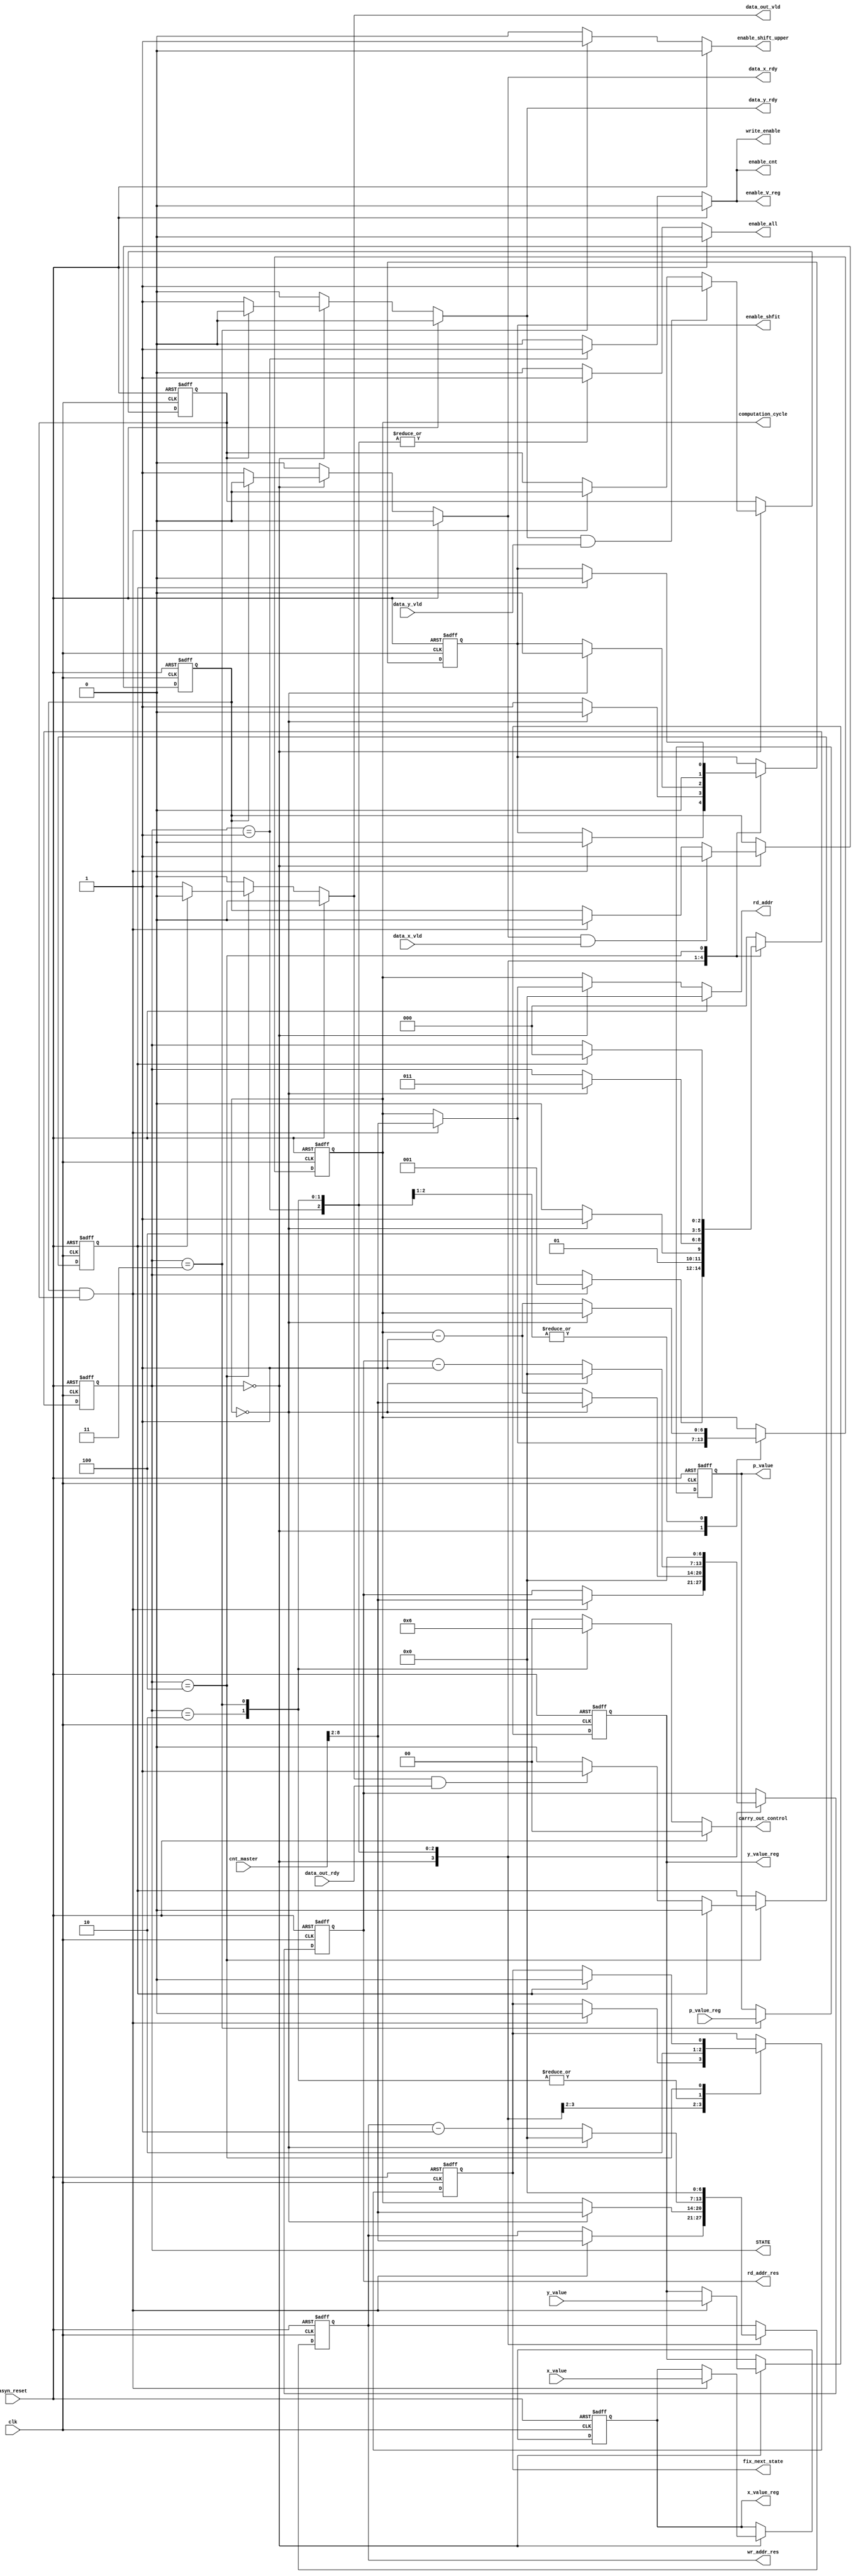
module computation_control_hd(
x_value,
y_value,
p_value,
cnt_master,
clk,
computation_cycle,
rd_addr,
rd_addr_res,
wr_addr_res,
write_enable,
STATE,
enable_all,
enable_cnt,
carry_out_control,
enable_V_reg,
enable_shift_upper,
enable_shfit,
fix_next_state,
asyn_reset,
data_x_vld,
data_x_rdy,
data_y_vld,
data_y_rdy,
data_out_vld,
data_out_rdy,
x_value_reg,
y_value_reg,
p_value_reg
);

parameter RAM_ADDR_WIDTH=7;
// this block computes the cycles which are at computation at the moment
// also provides enable for Multiplier to know when to fetch from outside input data and also controls writing to the CA_RAM

//testing
// finished

input[RAM_ADDR_WIDTH+2-1:0] cnt_master;
input clk;
input asyn_reset;
input [1:0] x_value, y_value; 
input [1:0] p_value_reg;
output[RAM_ADDR_WIDTH - 1:0] computation_cycle;// this would always be the address
output write_enable;
output[2:0] STATE;
output enable_all;
output enable_cnt;
output[1:0] carry_out_control; // if 0, stop; if 1, loop adder; if 2, send cout to Vreg
output enable_shfit;
output [1:0] x_value_reg, y_value_reg;
output enable_V_reg;
output enable_shift_upper;
output fix_next_state;
//handshake protocool
input data_x_vld,data_y_vld;
input data_out_rdy;
output data_x_rdy,data_y_rdy;
output data_out_vld;
output [1:0] p_value;
output [RAM_ADDR_WIDTH -1 :0] rd_addr;
output [RAM_ADDR_WIDTH -1 :0] rd_addr_res,wr_addr_res;

wire[RAM_ADDR_WIDTH -1 :0] cycle_num;
//wire[1:0] remainder;
reg[6:0] computation_cycle;
reg hd_x,hd_y,hd_z;
reg [2:0] STATE;
reg data_x_rdy,data_y_rdy,data_out_vld;
reg enable_all, enable_cnt, enable_carry_out;
reg[1:0] x_value_reg, y_value_reg;
reg[1:0] carry_out_control;
reg enable_V_reg;
reg enable_shfit;
reg fix_next_state;
reg [1:0] p_value;
reg enable_shift_upper;
reg[RAM_ADDR_WIDTH -1 :0] rd_addr;
reg[RAM_ADDR_WIDTH -1 :0] rd_addr_res,wr_addr_res;


parameter START=3'd0;
parameter WRITE_IN=3'd1;
parameter READ_OUT=3'd2;
parameter READ_OUT_LAST_LINE=3'd3;
parameter END=3'd4;

reg write_enable;
initial begin
	computation_cycle <= 0;
	write_enable <= 0;
	STATE <= START;
	fix_next_state <= 0; 
end

assign cycle_num=cnt_master[RAM_ADDR_WIDTH+2-1:2];
//assign remainder=cnt_master[1:0];


// STATE control

always@(posedge clk or posedge asyn_reset) begin
	if (asyn_reset == 1) begin
		STATE <= START;
		hd_x <= 0;
		hd_y <= 0;
		hd_z <= 0;
		computation_cycle <= 0;
		x_value_reg <= 0;
		y_value_reg <= 0;
		enable_shfit <= 0;
		fix_next_state <= 0;
		p_value<= 0;
		rd_addr_res <= 0;
		wr_addr_res <= 0;
	end
	else begin
		case(STATE)
			START : begin
				if (hd_x == 1 && hd_y == 1) begin
					STATE <= WRITE_IN;
					hd_x <= 0;
					hd_y <= 0;
					computation_cycle <= cycle_num;
					rd_addr_res <= cycle_num;
					wr_addr_res <= cycle_num;
					x_value_reg <= x_value; // if hd succeed, refresh x,y values
					y_value_reg <= y_value;
					enable_shfit <= 0; 
					fix_next_state <= 0;
				end
				
				if (data_x_rdy && data_x_vld) begin
					hd_x <= 1; 
				end
				
				if (data_y_rdy && data_y_vld) begin
					hd_y <= 1;
				end
			end
			WRITE_IN: begin		// this always take one cycle to write only
				if (computation_cycle == 0) begin
					STATE <= READ_OUT_LAST_LINE;
					enable_shfit <= 0;
					fix_next_state <= 1;
					rd_addr_res <= cycle_num;
					wr_addr_res <= cycle_num;

				end
				else begin
					STATE <= READ_OUT;
					computation_cycle <= computation_cycle - 7'b1;
					rd_addr_res <= computation_cycle -7'b1;
					wr_addr_res <= computation_cycle;
					enable_shfit <= 1;
					fix_next_state <= 1;
				end
			end
			READ_OUT: begin
				if (computation_cycle == 0) begin
					STATE <= READ_OUT_LAST_LINE;
					enable_shfit <= 0;
					fix_next_state <= 0;
					rd_addr_res <= 0;
					wr_addr_res <= 0;
				end
				else begin 
					computation_cycle <= computation_cycle - 7'b1;
					rd_addr_res <= rd_addr_res -7'b1;
					wr_addr_res <= wr_addr_res -7'b1;
					fix_next_state <= 0;
				end
			end
			READ_OUT_LAST_LINE : begin
				STATE <= END;
				enable_shfit <= 0;
				fix_next_state <= 0;
				p_value <= p_value_reg;
				rd_addr_res <= 0;
				wr_addr_res <= 0;

			end
			END: begin
				if (data_out_vld && data_out_rdy) begin
					hd_z <= 1;
				end
				if (hd_z == 1) begin
					hd_z <= 1'b0;
					STATE <= START;
					enable_shfit <= 0;
					fix_next_state <= 0;
				end
			end
			default : begin
				STATE <= START;
			end
		endcase	
	end
end


always @ (*) begin
	if (asyn_reset == 1) begin
		data_x_rdy <= 0;
		data_y_rdy <= 0;
		enable_all <= 0;
		write_enable <= 0;
		data_out_vld <= 0;
		enable_cnt <= 0;
		carry_out_control <= 0;
		enable_V_reg <= 0;
		enable_shift_upper <= 0;
		rd_addr <=0;

	end
	else begin
		case (STATE)
			START : begin
				if (hd_x == 0) begin
					data_x_rdy <= 1;
				end
				else begin
					data_x_rdy <= 0;
				end
				if (hd_y == 0) begin
					data_y_rdy <= 1;
				end
				else begin
					data_y_rdy <= 0;
				end
				if (hd_x == 1 && hd_y == 1) begin
					rd_addr <= cycle_num;
				end
				else begin
					rd_addr <= computation_cycle;
				end					
				write_enable <= 0;
				enable_all <= 0;
				data_out_vld <= 0;
				enable_cnt <= 0;
				carry_out_control <= 0;
				enable_V_reg <= 0;
				enable_shift_upper <= 0;
			end
			WRITE_IN : begin
				write_enable <= 1;
				enable_all <= 1;
				data_x_rdy <= 0;
				data_y_rdy <= 0;
				data_out_vld <= 0;
				enable_cnt <= 1;
				carry_out_control <=0; 
				enable_V_reg <= 1;
				enable_shift_upper <= 0;					
				rd_addr <= computation_cycle;
	
			end
			READ_OUT : begin
				write_enable <= 0;
				enable_all <= 1;
				data_x_rdy <= 0;
				data_y_rdy <= 0;
				data_out_vld <= 0;
				enable_cnt <= 0;
				carry_out_control <= 1;
				enable_V_reg <= 0;
				enable_shift_upper <= 0;					
				rd_addr <= computation_cycle;
	
			end
			READ_OUT_LAST_LINE : begin
				write_enable <= 0;
				enable_all <= 1;
				data_x_rdy <= 0;
				data_y_rdy <= 0;
				data_out_vld <= 0;
				enable_cnt <=0;
				carry_out_control <= 2;
				enable_V_reg <= 0;
				enable_shift_upper <= 1;					
				rd_addr <= computation_cycle;
	
			end
			END : begin
				write_enable <= 0;
				enable_all <= 0;
				data_x_rdy <= 0;
				data_y_rdy <= 0;
				enable_cnt <= 0;
				if (hd_z == 1) begin
					data_out_vld <= 0;
				end
				else begin 
					data_out_vld <= 1;
				end
				carry_out_control <= 0;
				enable_V_reg <= 0;
				enable_shift_upper <= 0;					
				rd_addr <= computation_cycle;
	
			end
			default : begin
				write_enable <= 0;
				enable_all <= 0;
				data_x_rdy <= 0;
				data_y_rdy <= 0;
				data_out_vld <= 0;
				enable_cnt <= 0;
				carry_out_control <= 0;
				enable_V_reg <= 0;
				enable_shift_upper <= 0;					
				rd_addr <= computation_cycle;
	
			end
		endcase
	end
end


endmodule